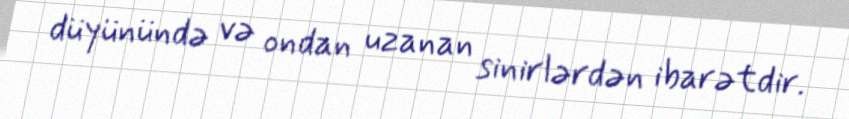
düyünündə və ondan uzanan sinirlərdən ibarətdir.